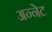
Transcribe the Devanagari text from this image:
अन्नेट